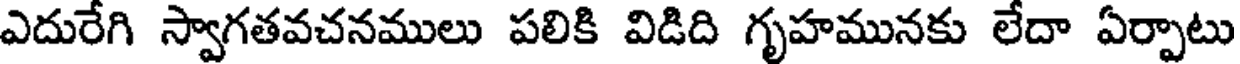
ఎదురేగి స్వాగతవచనములు పలికి విడిది గృహమునకు లేదా ఏర్పాటు